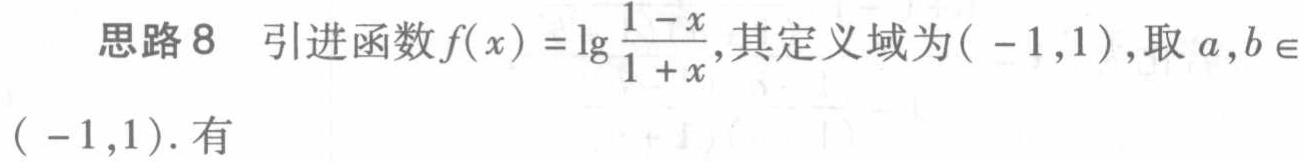
思路8 引进函数\(f(x)=\lg\frac{1 - x}{1 + x}\),其定义域为\(( - 1,1)\),取\(a,b\in(-1,1)\). 有